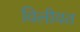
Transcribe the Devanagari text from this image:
विलीयत